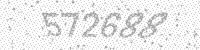
Solution: 572688